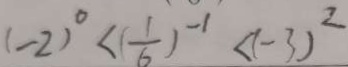
( - 2 ) ^ { 0 } < ( \frac { 1 } { 6 } ) ^ { - 1 } < ( - 3 ) ^ { 2 }